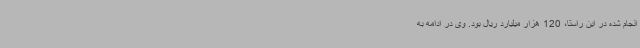
انجام شده در این راستا، 120 هزار میلیارد ریال بود. وی در ادامه به